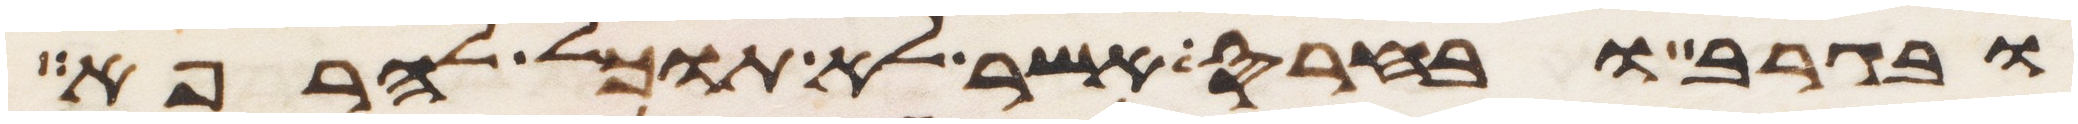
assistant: ובגרב ובחרס אשר לא תוכל להרפא